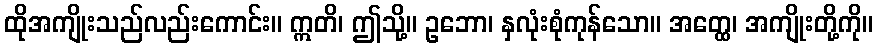
ထိုအကျိုးသည်လည်းကောင်း။ ဣတိ၊ ဤသို့။ ဥဘော၊ နှလုံးစုံကုန်သော။ အတ္ထေ၊ အကျိုးတို့ကို။